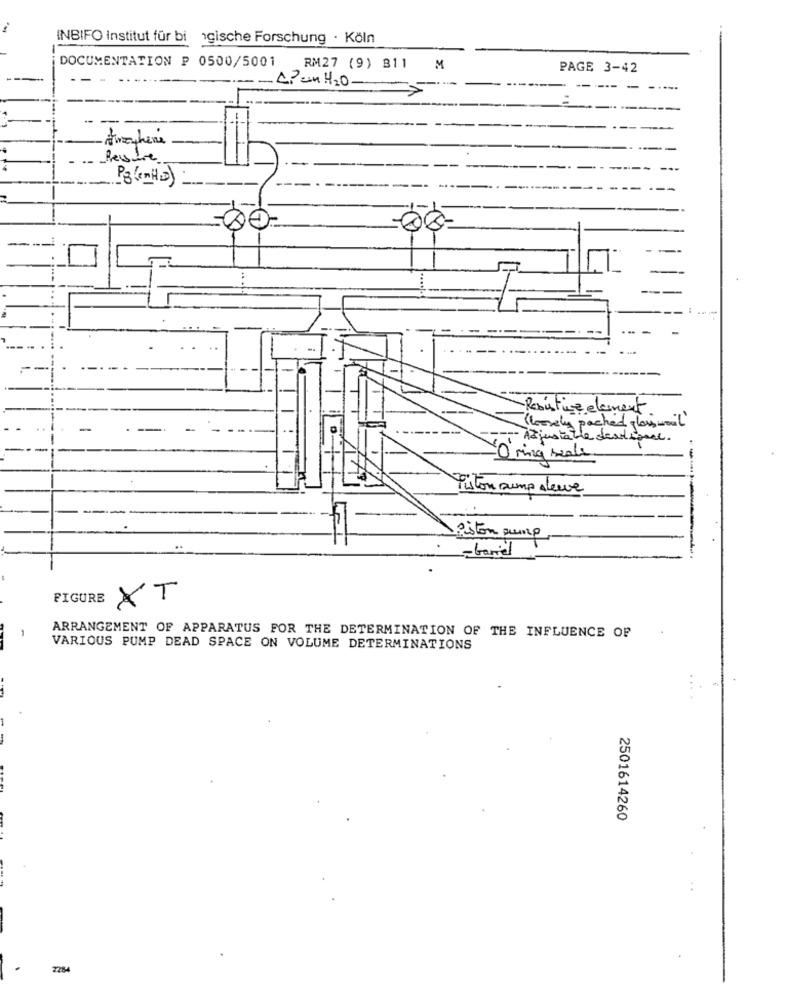
INBIFO Institut für bi gische Forschung . Köln
DOCUMENTATION P 0500/5001 RM27 (9) 811 M
PAGE 3-42
-- 4? _ H20
P3(mit )
Resistive element
(loosely packed glassmail
-
--- Azinstable dertigne.
O ring beals
liston sump d'eux
Piston pump
FIGURE
XT
ARRANGEMENT OF APPARATUS FOR THE DETERMINATION OF THE INFLUENCE OF
VARIOUS PUMP DEAD SPACE ON VOLUME DETERMINATIONS
2501614260
:
2284